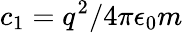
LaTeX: c_{1}=q^{2}/4\pi\epsilon_{0}m